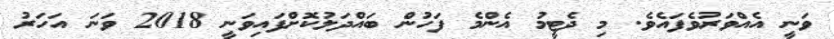
ވަނީ އެއްވަރުވެފައެވެ. މި ދެޓީމު އެންމެ ފަހުން ބައްދަލުކޮށްފައިވަނީ 2018 ވަނަ އަހަރު